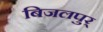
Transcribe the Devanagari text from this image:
बिजलपुर्